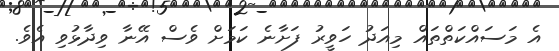
އެ މަސައްކަތްތައް މިއަދު ހަވީރު ފަށާނެ ކަމަށް ވެސް އޭނާ ވިދާޅުވި އެވެ.